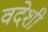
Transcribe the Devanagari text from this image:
वदेशी